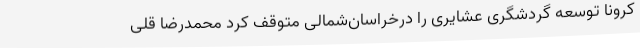
کرونا توسعه گردشگری عشایری را درخراسان‌شمالی متوقف کرد محمدرضا قلی